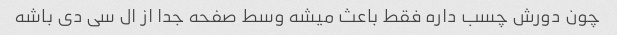
چون دورش چسب داره فقط باعث میشه وسط صفحه جدا از ال سی دی باشه